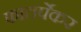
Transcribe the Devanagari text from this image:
फातर्पेकर